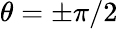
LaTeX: \theta=\pm\pi/2